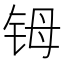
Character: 𬭁